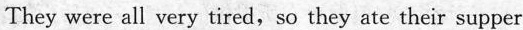
They were all very tired,so they ate their supper